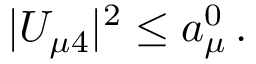
| U _ { \mu 4 } | ^ { 2 } \leq a _ { \mu } ^ { 0 } \, .